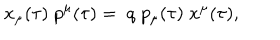
x _ { \mu } ( \tau ) \; p ^ { \mu } ( \tau ) = \; q \; p _ { \mu } ( \tau ) \; x ^ { \mu } ( \tau ) ,